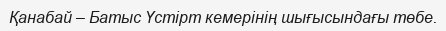
Қанабай – Батыс Үстірт кемерінің шығысындағы төбе.